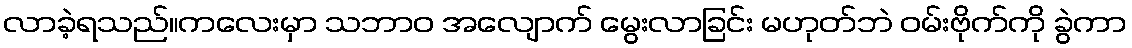
လာခဲ့ရသည်။ကလေးမှာ သဘာဝ အလျောက် မွေးလာခြင်း မဟုတ်ဘဲ ဝမ်းဗိုက်ကို ခွဲကာ